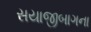
સયાજીબાગના